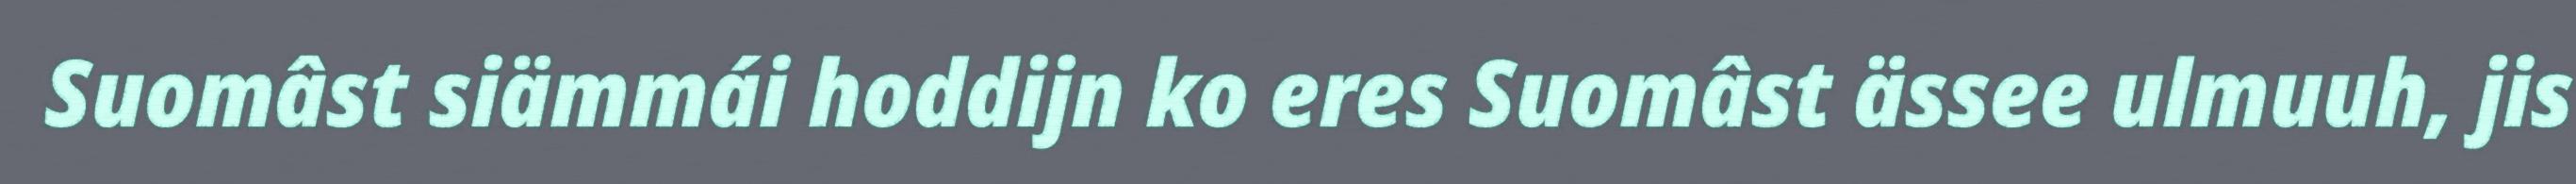
Suomâst siämmái hoddijn ko eres Suomâst ässee ulmuuh, jis